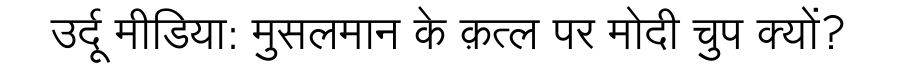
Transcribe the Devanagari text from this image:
उर्दू मीडिया: मुसलमान के क़त्ल पर मोदी चुप क्यों?